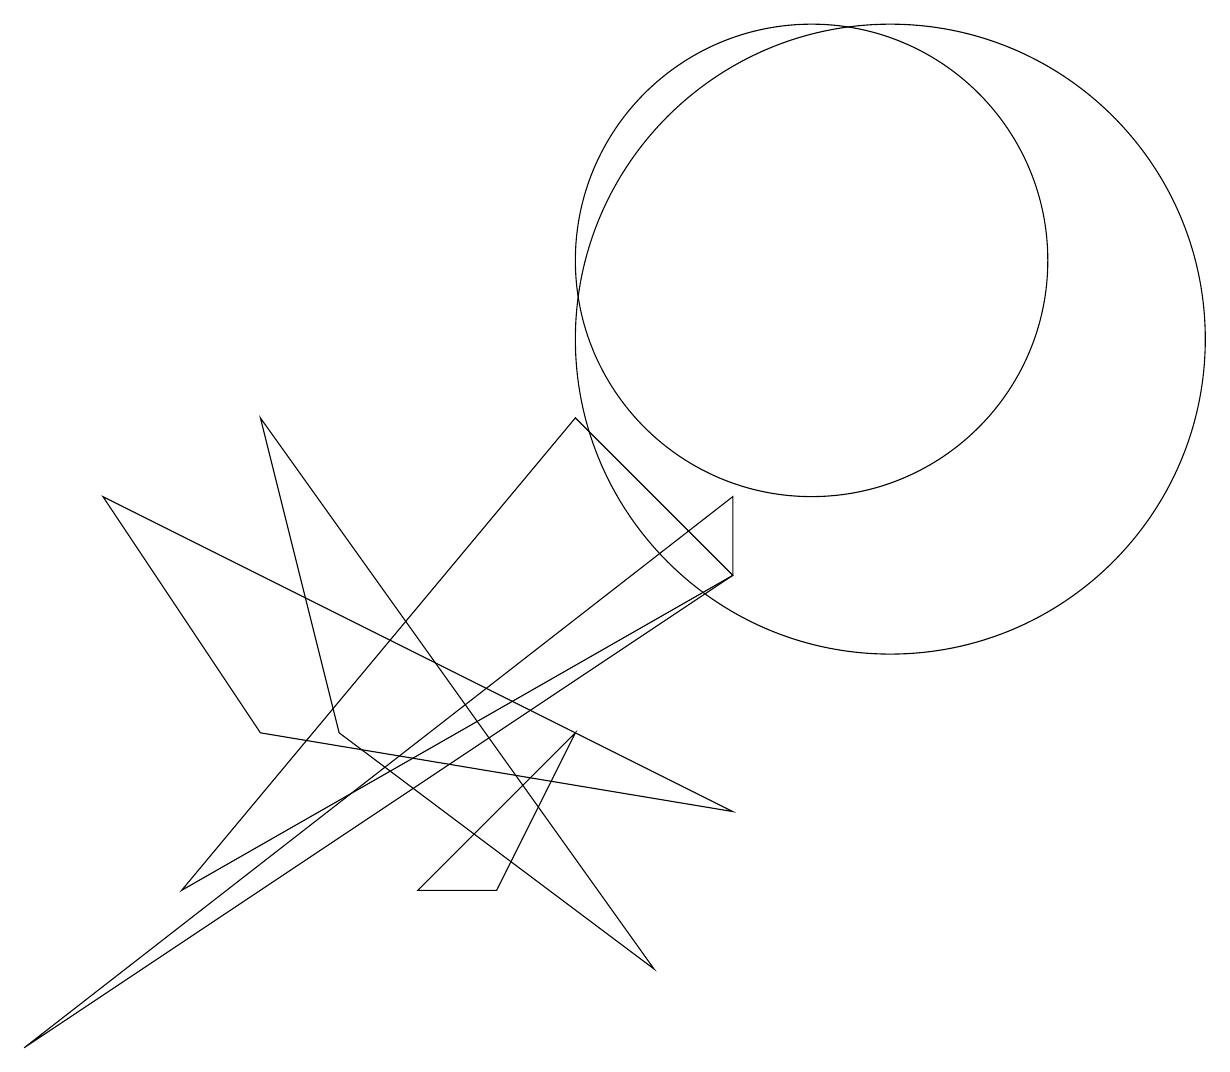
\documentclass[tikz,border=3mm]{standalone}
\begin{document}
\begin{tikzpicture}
\draw (7,9) -- (2,3) -- (9,7) -- cycle;
\draw (10,11) circle (3);
\draw (5,3) -- (6,3) -- (7,5) -- cycle;
\draw (3,5) -- (1,8) -- (9,4) -- cycle;
\draw (11,10) circle (4);
\draw (8,2) -- (3,9) -- (4,5) -- cycle;
\draw (9,7) -- (9,8) -- (0,1) -- cycle;
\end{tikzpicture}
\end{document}